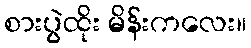
စားပွဲထိုး မိန်းကလေး။